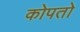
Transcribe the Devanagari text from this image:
कोपतो